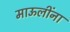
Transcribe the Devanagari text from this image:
माऊलींना